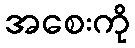
အစေးကို